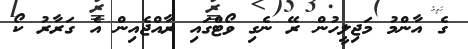
ގެ އާންމު މަޖިލީހުން ރޭ ނެގި ވޯޓްގައި ރާއްޖެއިން އެ ގަރާރު ކޯ